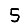
Digit: 5